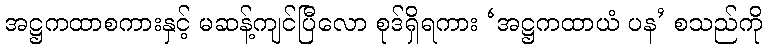
အဋ္ဌကထာစကားနှင့် မဆန့်ကျင်ပြီလော စုဒ်ရှိရကား ‘အဋ္ဌကထာယံ ပန’ စသည်ကို